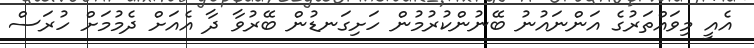
އެއީ މިވައްތަރުގެ އަންނައުނު ބޭނުންކުރުމުން ހަށިގަނޑުން ބޭރުވާ ދާ އެއަށް ދެމުމަށް ހުރަސް